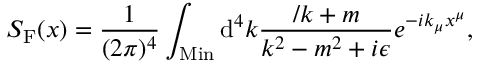
S _ { \mathrm { F } } ( x ) = \frac { 1 } { ( 2 \pi ) ^ { 4 } } \int _ { \mathrm { M i n } } \mathrm { d } ^ { 4 } k \frac { \slash { k } + m } { k ^ { 2 } - m ^ { 2 } + i \epsilon } e ^ { - i k _ { \mu } x ^ { \mu } } ,